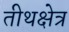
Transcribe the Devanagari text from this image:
तीथक्षेत्र